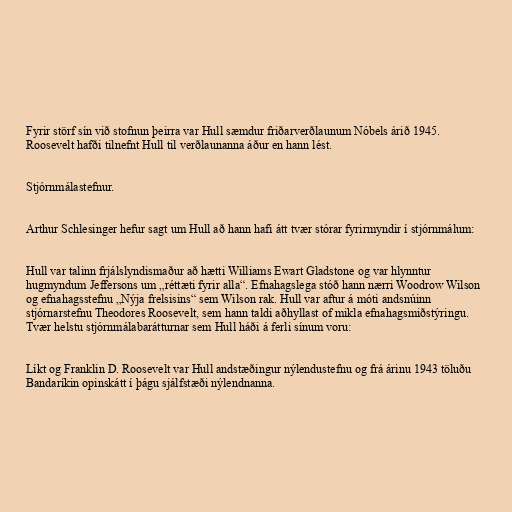
Fyrir störf sín við stofnun þeirra var Hull sæmdur friðarverðlaunum Nóbels árið 1945.
Roosevelt hafði tilnefnt Hull til verðlaunanna áður en hann lést.

Stjórnmálastefnur.

Arthur Schlesinger hefur sagt um Hull að hann hafi átt tvær stórar fyrirmyndir í stjórnmálum:

Hull var talinn frjálslyndismaður að hætti Williams Ewart Gladstone og var hlynntur
hugmyndum Jeffersons um „réttæti fyrir alla“. Efnahagslega stóð hann nærri Woodrow Wilson
og efnahagsstefnu „Nýja frelsisins“ sem Wilson rak. Hull var aftur á móti andsnúinn
stjórnarstefnu Theodores Roosevelt, sem hann taldi aðhyllast of mikla efnahagsmiðstýringu.
Tvær helstu stjórnmálabarátturnar sem Hull háði á ferli sínum voru:

Líkt og Franklin D. Roosevelt var Hull andstæðingur nýlendustefnu og frá árinu 1943 töluðu
Bandaríkin opinskátt í þágu sjálfstæði nýlendnanna.